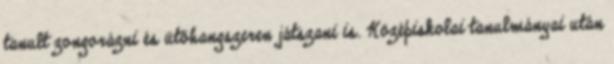
tanult zongorázni és ütőhangszeren játszani is. Középiskolai tanulmányai után